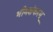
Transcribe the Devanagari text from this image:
भीमशंकरम्